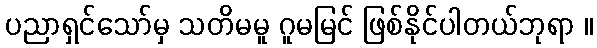
ပညာရှင်သော်မှ သတိမမူ ဂူမမြင် ဖြစ်နိုင်ပါတယ်ဘုရာ ။